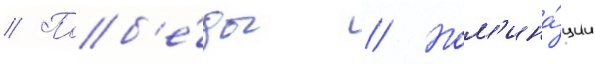
// Поб'е́ды // Ном'ина́ции